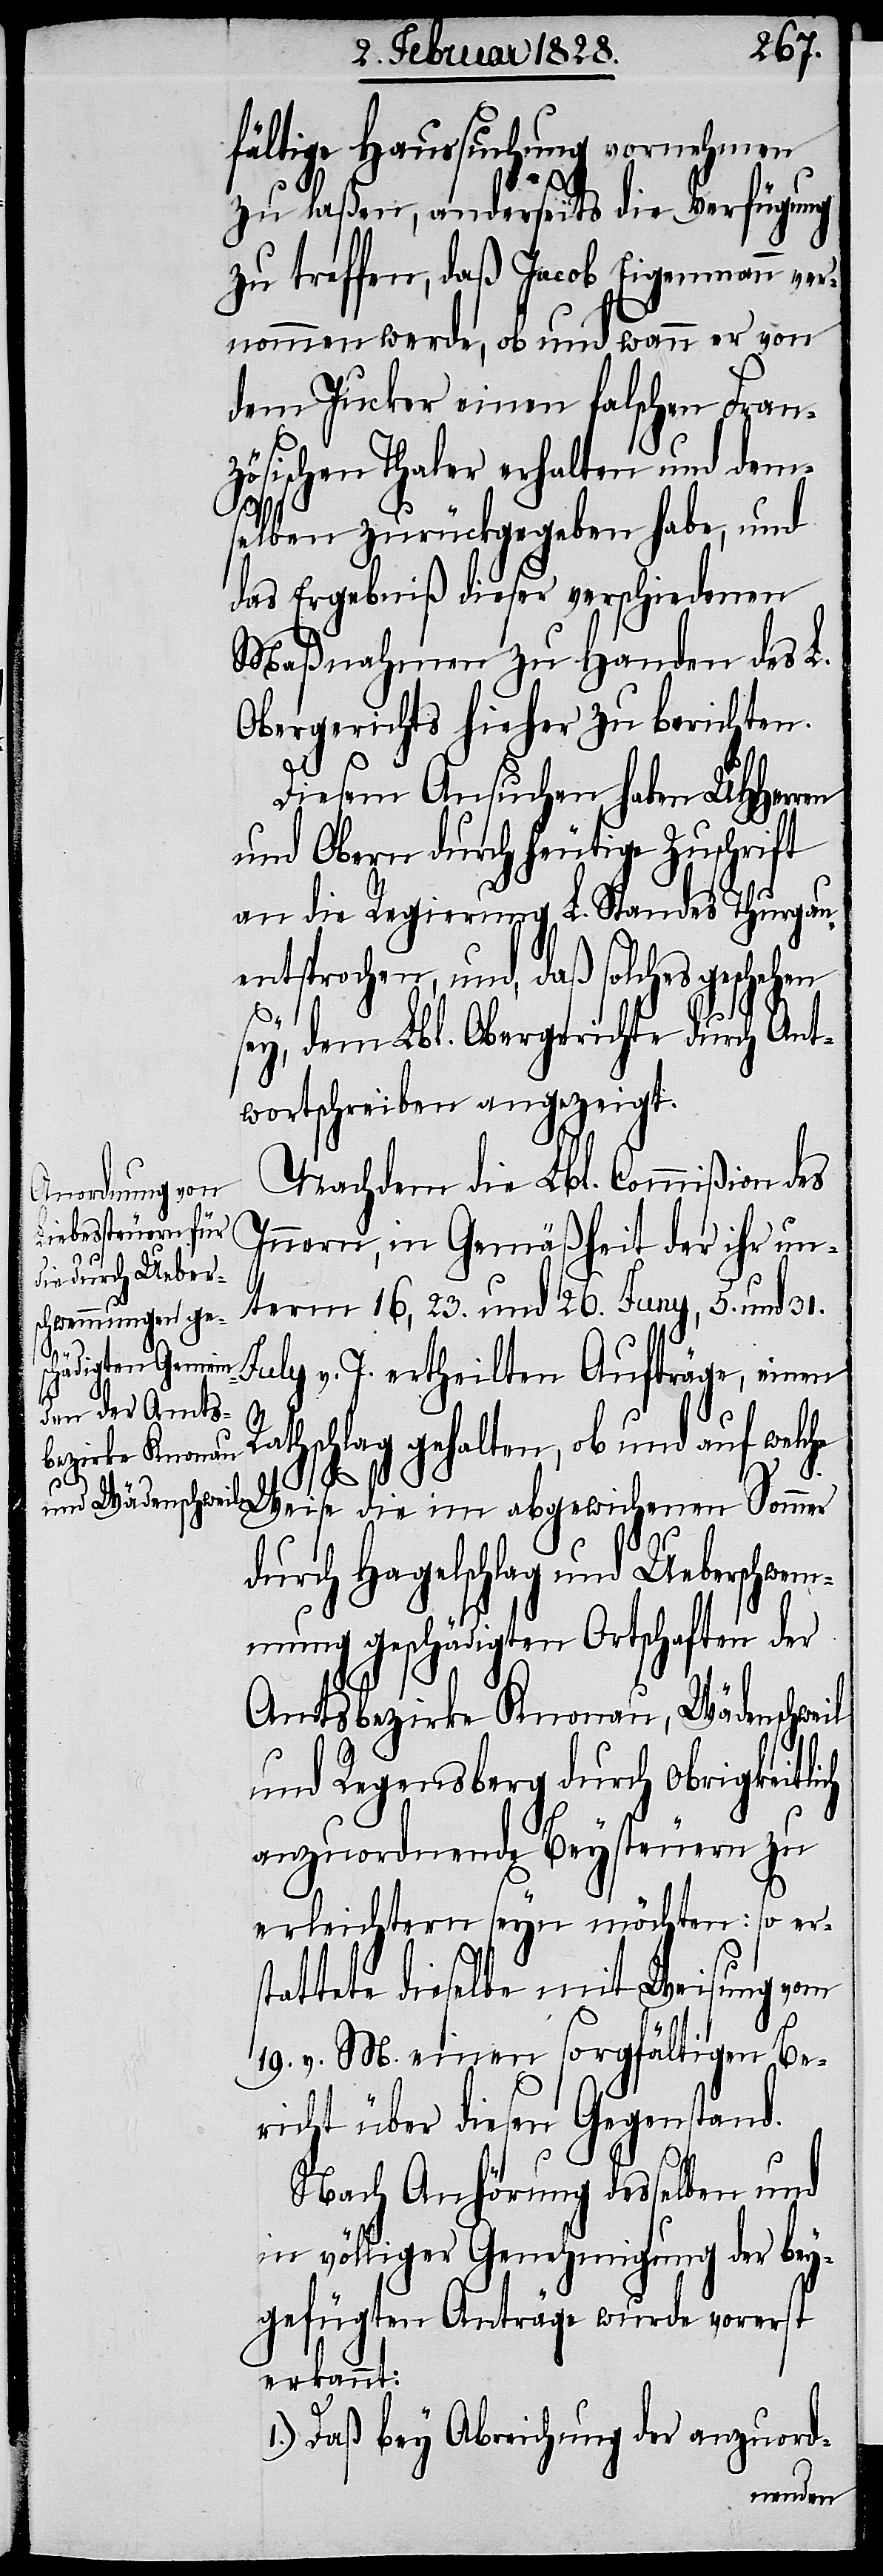
fältige Haussuchung vornehmen
zu laßen, anderseits die Verfügung
zu treffen, daß Jacob Eigenmann ver¬
nommen werde, ob und wann er von
dem Jucker einen falschen Fran¬
zösischen Thaler erhalten und dem¬
st¬
at¬
selben zurückgegeben habe, und
das Ergebniß dieser verschiedenen
Maßnahmen zu Handen des L.
Obergerichts hieher zu berichten.
Diesem Ansuchen haben UHHerren
und Obern durch heutige Zuschrift
an die Regierung des L. Standes Thurgau
entsprochen, und, daß solches geschehen
sey, dem Lbl. Obergerichte durch Ant¬
wortschreiben angezeigt.
Nachdem die Lbl. Commißion des
Innern, in Gemäßheit der ihr un¬
term 16, 23. und 26. Juny, 5. und 31.
July v. J. ertheilten Aufträge, einen
athschlag gehalten, ob und auf welc¬
Weise die im abgewichenen Sommer
durch Hagelschlag und Ueberschwem¬
mung geschädigten Ortschaften der
Amtsbezirke Knonau, Wädenschweil
he
und Regensberg durch obrigkeitlich
anzuordnende Beysteuern zu
erleichtern seyn möchten: so er¬
teten dieselben mit Weisung vom
19. v. M. einen sorgfältigen Be¬
richt über diesen Gegenstand.
Nach Anhörung desselben und
in völliger Genehmigung der bey¬
gefügten Anträge wurde vorerst
erkannt:
1.) Daß bey Abreichung der anzuord-